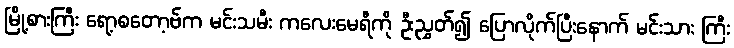
မြို့စားကြီး ရော့စတော့ဗ်က မင်းသမီး ကလေးမေရီကို ဦးညွှတ်၍ ပြောလိုက်ပြီးနောက် မင်းသား ကြီး